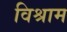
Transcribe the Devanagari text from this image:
विश्राम